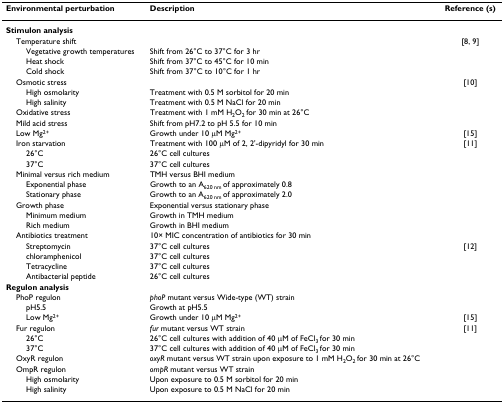
| Environmental perturbation | Description | Reference (s) |
 | --- | --- | --- |
 | Stimulon analysis |  |  |
 | Temperature shift |  | [8, 9] |
 | Vegetative growth temperatures | Shift from 26°C to 37°C for 3 hr |  |
 | Heat shock | Shift from 37°C to 45°C for 10 min |  |
 | Cold shock | Shift from 37°C to 10°C for 1 hr |  |
 | Osmotic stress |  | [10] |
 | High osmolarity | Treatment with 0.5 M sorbitol for 20 min |  |
 | High salinity | Treatment with 0.5 M NaCl for 20 min |  |
 | Oxidative stress | Treatment with 1 mM H2O2 for 30 min at 26°C |  |
 | Mild acid stress | Shift from pH7.2 to pH 5.5 for 10 min |  |
 | Low Mg2+ | Growth under 10 μM Mg2+ | [15] |
 | Iron starvation | Treatment with 100 μM of 2, 2'-dipyridyl for 30 min | [11] |
 | 26°C | 26°C cell cultures |  |
 | 37°C | 37°C cell cultures |  |
 | Minimal versus rich medium | TMH versus BHI medium |  |
 | Exponential phase | Growth to an A620 nm of approximately 0.8 |  |
 | Stationary phase | Growth to an A620 nm of approximately 2.0 |  |
 | Growth phase | Exponential versus stationary phase |  |
 | Minimum medium | Growth in TMH medium |  |
 | Rich medium | Growth in BHI medium |  |
 | Antibiotics treatment | 10× MIC concentration of antibiotics for 30 min |  |
 | Streptomycin | 37°C cell cultures | [12] |
 | chloramphenicol | 37°C cell cultures |  |
 | Tetracycline | 37°C cell cultures |  |
 | Antibacterial peptide | 26°C cell cultures |  |
 | Regulon analysis |  |  |
 | PhoP regulon | phoP mutant versus Wide-type (WT) strain |  |
 | pH5.5 | Growth at pH5.5 |  |
 | Low Mg2+ | Growth under 10 μM Mg2+ | [15] |
 | Fur regulon | fur mutant versus WT strain | [11] |
 | 26°C | 26°C cell cultures with addition of 40 μM of FeCl3 for 30 min |  |
 | 37°C | 37°C cell cultures with addition of 40 μM of FeCl3 for 30 min |  |
 | OxyR regulon | oxyR mutant versus WT strain upon exposure to 1 mM H2O2 for 30 min at 26°C |  |
 | OmpR regulon | ompR mutant versus WT strain |  |
 | High osmolarity | Upon exposure to 0.5 M sorbitol for 20 min |  |
 | High salinity | Upon exposure to 0.5 M NaCl for 20 min |  |